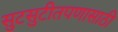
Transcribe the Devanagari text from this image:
सुटसुटीतपणासाठी